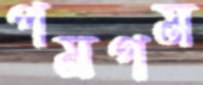
পমগম